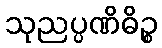
သုညပ္ပဏိဓိဉ္စ